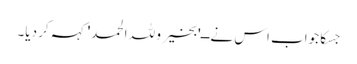
جسکا جواب اس نے ــ'بخیر و للہ الحمد' کہہ کر دیا۔